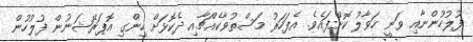
ފުލުހުންނާއި ވަނީ ހަވާލު ކޮށްފައެވެ. އެފަހަރު މަސްތުވާކެއްޗާއި ދެކޮޅަށް ހިންގި އޮޕަރޭޝަނުން ފުލުހުން